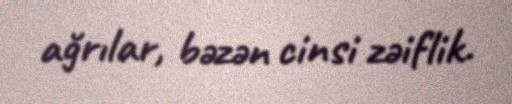
ağrılar, bəzən cinsi zəiflik.